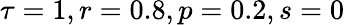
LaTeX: \tau=1,r=0.8,p=0.2,s=0